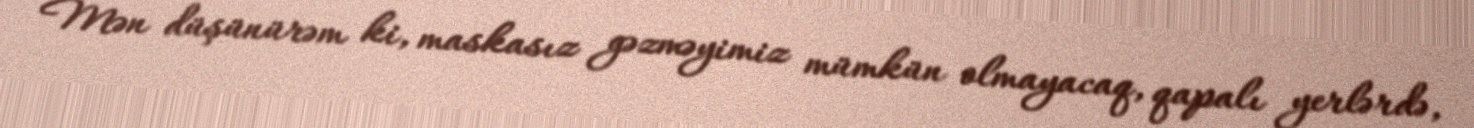
Mən düşünürəm ki, maskasız gəzməyimiz mümkün olmayacaq, qapalı yerlərdə,